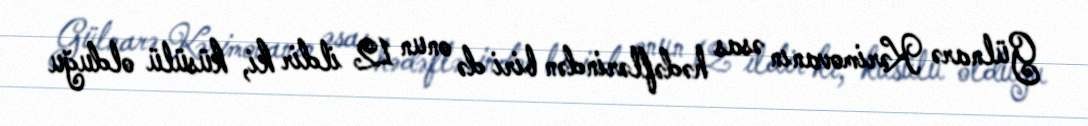
Gülnarə Kərimovanın əsas hədəflərindən biri də onun 12 ildir ki, küsülü olduğu